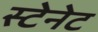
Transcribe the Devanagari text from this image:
स्टेनेट